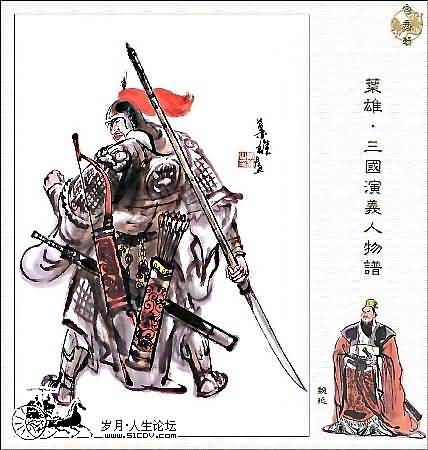
统豺虎，御边幅，号令明，军威肃。